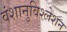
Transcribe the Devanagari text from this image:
वंशानुविश्लेशन